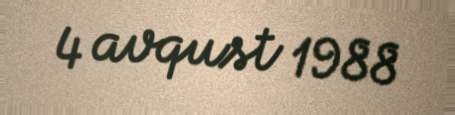
4 avqust 1988